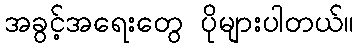
အခွင့်အရေးတွေ ပိုများပါတယ်။